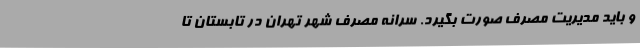
و باید مدیریت مصرف صورت بگیرد. سرانه مصرف شهر تهران در تابستان تا